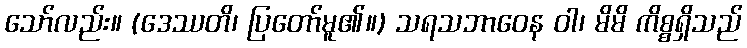
သော်လည်း။ (ဒေဿတိ၊ ပြတော်မူ၏။) သရသဘာဝေန ဝါ၊ မိမိ ကိစ္စရှိသည်